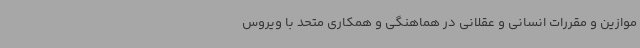
موازین و مقررات انسانی و عقلانی در هماهنگی و همکاری متحد با ویروس